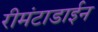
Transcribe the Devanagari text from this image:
रीमंटाडाईन